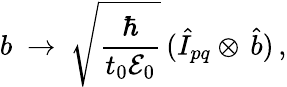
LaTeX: b~\to~\sqrt{\frac{\hbar}{t_{0}{\mathcal E}_{0}}}\, (\hat{I}_{pq}\otimes\, \hat{b})\, ,